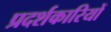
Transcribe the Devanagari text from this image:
प्रदर्शकारियों